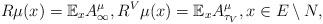
LaTeX: \begin{align*}R\mu(x)=\mathbb E_xA^{\mu}_\infty,R^V\mu(x)=\mathbb E_xA^{\mu}_{\tau_V},x\in E\setminus N,\end{align*}